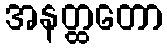
အနတ္ထတော